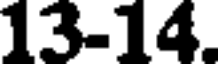
13-14.